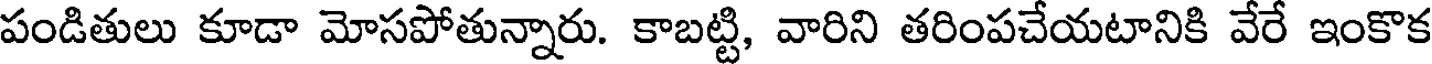
పండితులు కూడా మోసపోతున్నారు. కాబట్టి, వారిని తరింపచేయటానికి వేరే ఇంకొక